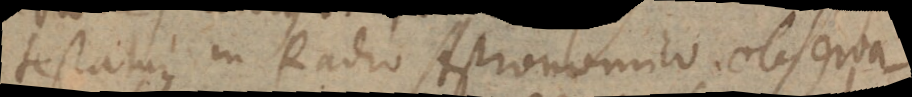
testatur in Radio Astronomico observa-